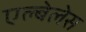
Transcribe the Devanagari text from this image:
एल्बेलेस